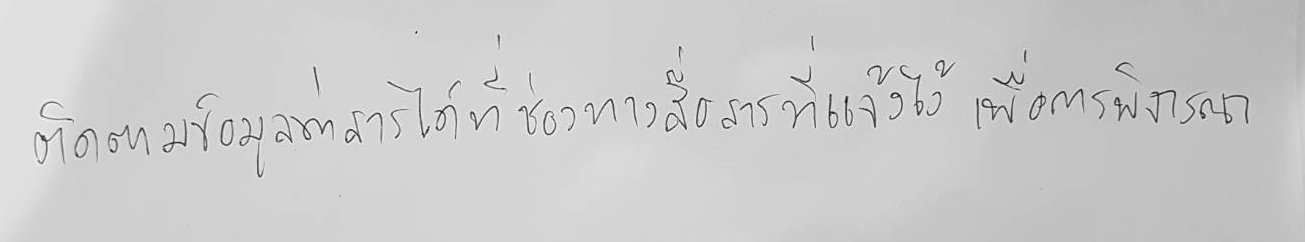
ติดตามข้อมูลข่าวสารได้ที่ช่องทางสื่อสารที่แจ้งไว้ เพื่อการพิจารณา